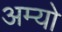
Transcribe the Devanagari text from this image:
अम्यो